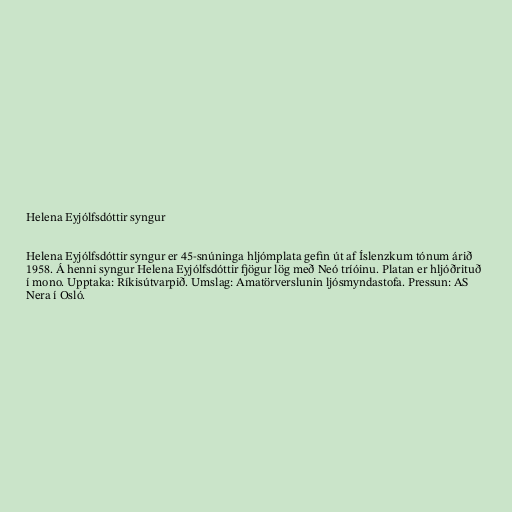
Helena Eyjólfsdóttir syngur

Helena Eyjólfsdóttir syngur er 45-snúninga hljómplata gefin út af Íslenzkum tónum árið
1958. Á henni syngur Helena Eyjólfsdóttir fjögur lög með Neó tríóinu. Platan er hljóðrituð
í mono. Upptaka: Ríkisútvarpið. Umslag: Amatörverslunin ljósmyndastofa. Pressun: AS
Nera í Osló.